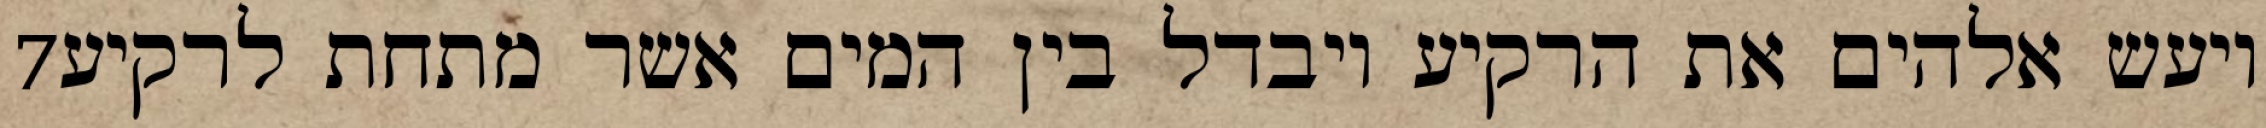
‎7‏ ויעש אלהים את הרקיע ויבדל בין המים אשר מתחת לרקיע